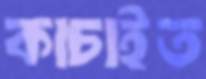
কাচাইত